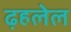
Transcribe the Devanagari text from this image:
ढ़हलेल